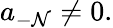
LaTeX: a_{-\mathcal{N}}\neq0.